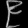
Digit: ၉